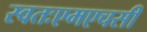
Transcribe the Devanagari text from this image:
स्वतःएमएचसी